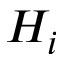
H _ { i }